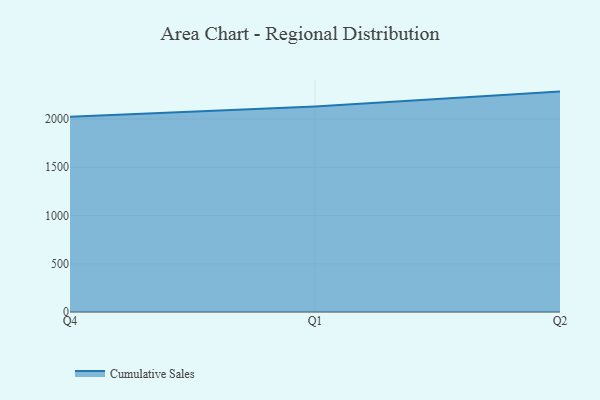
{"axis": {"x": "Quarter", "y": "Humidity (%)"}, "legend": ["Cumulative Sales"], "data": [{"x": "Q4", "y": 2023.0, "type": "Cumulative Sales"}, {"x": "Q1", "y": 2130.7, "type": "Cumulative Sales"}, {"x": "Q2", "y": 2284.2, "type": "Cumulative Sales"}]}